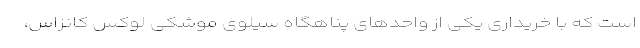
است که با خریداری یکی از واحدهای پناهگاه سیلوی موشکی لوکس کانزاس،